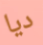
ديا